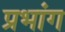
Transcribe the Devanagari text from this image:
प्रभांग